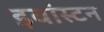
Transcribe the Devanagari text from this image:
इवांस्टन